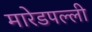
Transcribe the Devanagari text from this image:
मारेडपल्ली